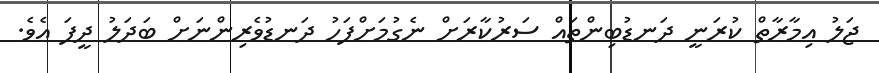
ޖަލު އިމާރާތް ކުރަނީ ދަނޑުބިންތައް ސަރުކާރަށް ނެގުމަށްފަހު ދަނޑުވެރިންނަށް ބަދަލު ދީފަ އެވެ.